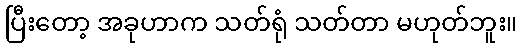
ပြီးတော့ အခုဟာက သတ်ရုံ သတ်တာ မဟုတ်ဘူး။